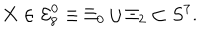
X \in { \cal E } _ { 8 } ^ { 0 } \equiv \Xi _ { 0 } \cup \Xi _ { 2 } \subset S ^ { 7 } .